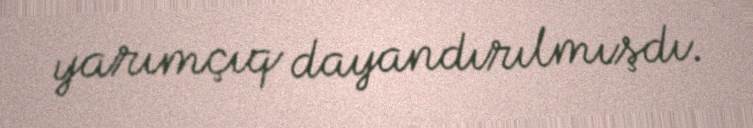
yarımçıq dayandırılmışdı.